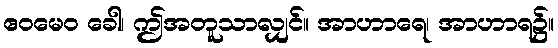
ဧဝမေဝ ခေါ၊ ဤအတူသာလျှင်။ အာဟာရေ၊ အာဟာရ၌။